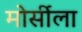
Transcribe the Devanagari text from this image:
मोर्सीला